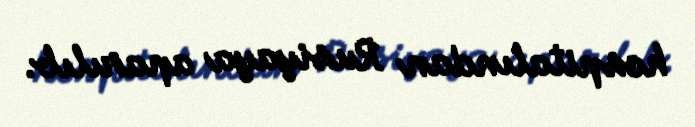
hospitalından Rusiyaya aparılıb.